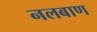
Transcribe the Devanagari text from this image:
नलबाण